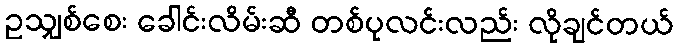
ဥသျှစ်စေး ခေါင်းလိမ်းဆီ တစ်ပုလင်းလည်း လိုချင်တယ်